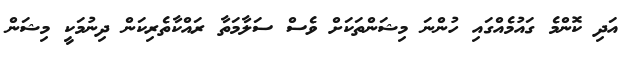
އަދި ކޮންމެ ގައުމެއްގައި ހުންނަ މިޝަންތަކަށް ވެސް ސަލާމަތާ ރައްކާތެރިކަން ދިނުމަކީ މިޝަން